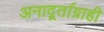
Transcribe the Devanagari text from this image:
अनार्द्र्ताग्राही